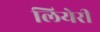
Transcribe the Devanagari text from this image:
लियेरी